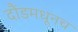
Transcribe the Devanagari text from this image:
दौंडमधूनच